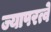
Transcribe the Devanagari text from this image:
ज्यापरत्वे